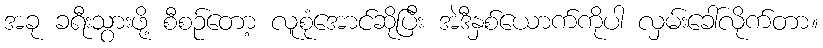
အခု ခရီးသွားဖို့ စီစဉ်တော့ လူစုံအောင်ဆိုပြီး အဲဒီနှစ်ယောက်ကိုပါ လှမ်းခေါ်လိုက်တာ။